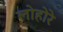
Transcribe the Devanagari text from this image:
लोहोरे